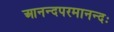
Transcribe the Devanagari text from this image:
आनन्दपरमानन्दः